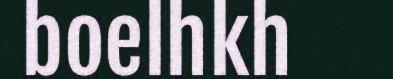
boelhkh